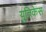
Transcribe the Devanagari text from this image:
युतिकेस